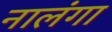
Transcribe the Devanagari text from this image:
नालंगा